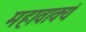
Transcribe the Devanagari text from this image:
महावाक्यं